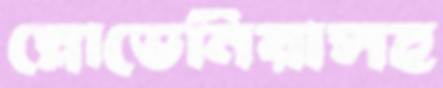
স্লোভেনিয়াসহ